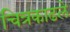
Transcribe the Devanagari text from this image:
चित्रकाढले